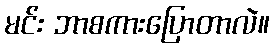
မင်း ဘာစကားပြောတာလဲ။